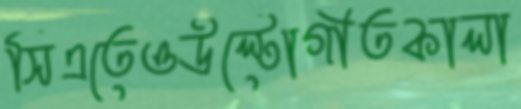
সিএতেওউল্টোগীতকালা